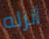
أنزله